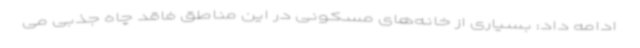
ادامه داد: بسیاری از خانه‌های مسکونی در این مناطق فاقد چاه جذبی می